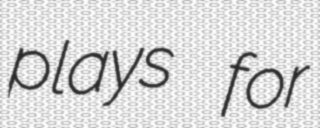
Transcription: plays for